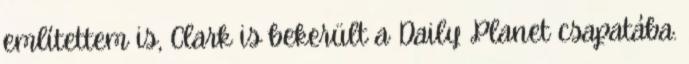
említettem is, Clark is bekerült a Daily Planet csapatába.